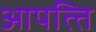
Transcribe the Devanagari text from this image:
आपत्‍ति